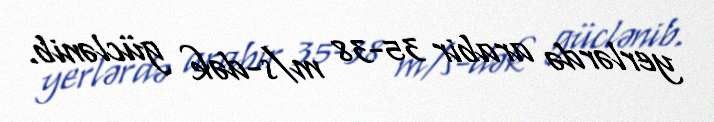
yerlərdə arabir 35-38 m/s-dək güclənib.